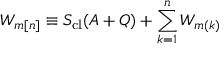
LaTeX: W _ { m [ n ] } \equiv S _ { \mathrm { c l } } ( A + Q ) + \sum _ { k = 1 } ^ { n } W _ { m ( k ) }